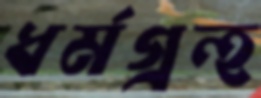
ধর্মগ্রন্হ